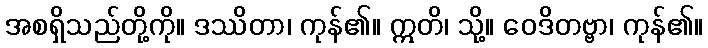
အစရှိသည်တို့ကို။ ဒဿိတာ၊ ကုန်၏။ ဣတိ၊ သို့။ ဝေဒိတဗ္ဗာ၊ ကုန်၏။